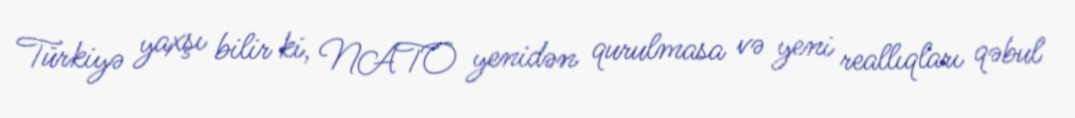
Türkiyə yaxşı bilir ki, NATO yenidən qurulmasa və yeni reallıqları qəbul